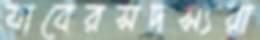
যাবেরসদস্যরা